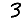
Digit: 3